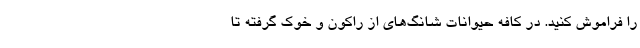
را فراموش کنید. در کافه حیوانات شانگ‌های از راکون و خوک گرفته تا